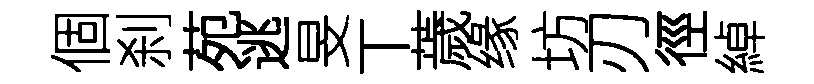
個刹苑逃旻丅薉缘坊刃徑綽